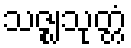
သဇ္ဈသုတ္တံ